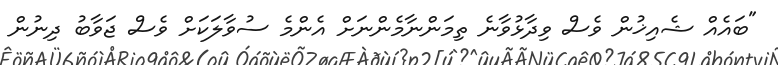
"ބައެއް ޝެއިޚުން ވެސް ވިދާޅުވާނެ ތިމަންނާމެންނަށް އެންމެ ސުވާލަކަށް ވެސް ޖަވާބު ދިނުން